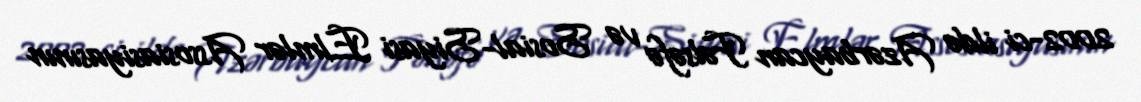
2002-ci ildə Azərbaycan Fəlsəfə və Sosial-Siyasi Elmlər Assosiasiyasının